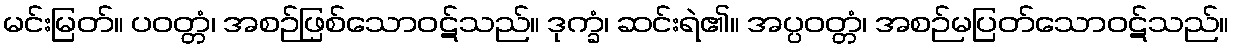
မင်းမြတ်။ ပဝတ္တံ၊ အစဉ်ဖြစ်သောဝဋ်သည်။ ဒုက္ခံ၊ ဆင်းရဲ၏။ အပ္ပဝတ္တံ၊ အစဉ်မပြတ်သောဝဋ်သည်။